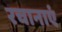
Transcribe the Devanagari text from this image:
रचानाएं